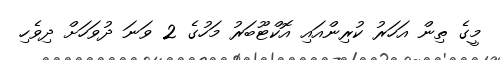
މީގެ ތިން އަހަރު ކުރިންއައި އޮކްޓޫބަރު މަހުގެ 2 ވަނަ ދުވަހަށް ދިވެހި